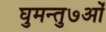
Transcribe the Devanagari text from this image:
घुमन्तु७ओं